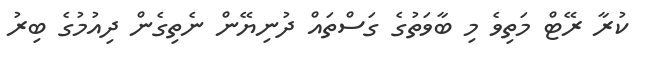
ކުރާ ރޭޓް މަތިވެ މި ބާވަތުގެ ގަސްތައް ދުނިޔޭން ނެތިގެން ދިއުމުގެ ބިރު